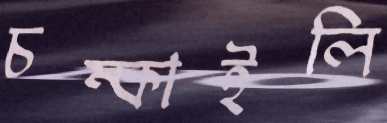
চম্‌কাইলি